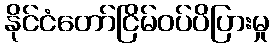
နိုင်ငံတော်ငြိမ်ဝပ်ပိပြားမှု